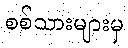
စစ်သားများမှ